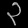
Digit: ၃